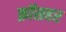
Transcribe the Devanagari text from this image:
क्रॉसहर